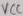
Text: VCC